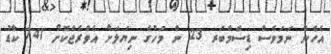
އެހެން ނަމަވެސް ޑިސެމްބަރ 23 ން މަހުގެ ނިޔަލަށް އެވްރެޖްކޮށް 741 ކާޑު